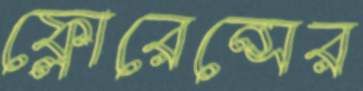
ফ্লোরেন্সের